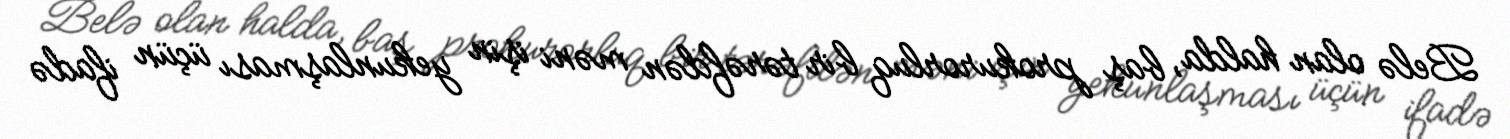
Belə olan halda, baş prokurorluq bir tərəfdən məni işin yekunlaşması üçün ifadə